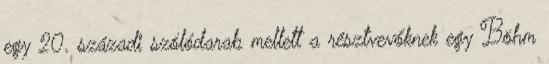
egy 20. századi szólódarab mellett a résztvevőknek egy Böhm